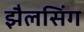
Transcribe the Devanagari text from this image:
झैलसिंग